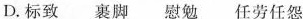
D.标致 裹脚 慰勉 任劳任怨